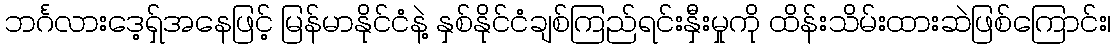
ဘင်္ဂလားဒေ့ရှ်အနေဖြင့် မြန်မာနိုင်ငံနဲ့ နှစ်နိုင်ငံချစ်ကြည်ရင်းနှီးမှုကို ထိန်းသိမ်းထားဆဲဖြစ်ကြောင်း၊